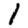
Digit: 1